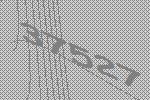
37527